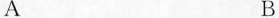
A B